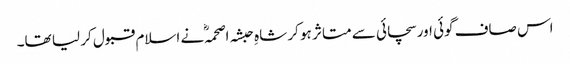
اس صاف گوئی اور سچائی سے متاثر ہو کر شاہِ حبشہ اصحمہؓ نے اسلام قبول کر لیا تھا۔